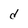
Character: d